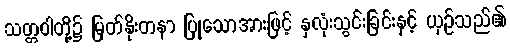
သတ္တဝါတို့၌ မြတ်နိုးတနာ ပြုသောအားဖြင့် နှလုံးသွင်းခြင်းနှင့် ယှဉ်သည်၏